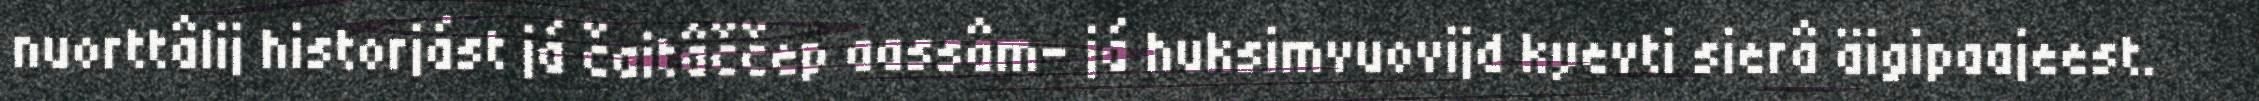
nuorttâlij historjást já čaitâččep aassâm- já huksimvuovijd kyevti sierâ äigipaajeest.